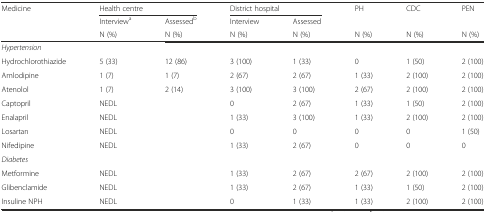
| Medicine | <COLSPAN=2> Health centre | <COLSPAN=2> District hospital | PH | CDC | PEN |
 |  | Interviewa | Assessedb | Interview | Assessed |  |  |  |
 |  | N (%) | N (%) | N (%) | N (%) | N (%) | N (%) | N (%) |
 | --- | --- | --- | --- | --- | --- | --- | --- |
 | <COLSPAN=8> Hypertension |
 | Hydrochlorothiazide | 5 (33) | 12 (86) | 3 (100) | 1 (33) | 0 | 1 (50) | 2 (100) |
 | Amlodipine | 1 (7) | 1 (7) | 2 (67) | 2 (67) | 1 (33) | 2 (100) | 2 (100) |
 | Atenolol | 1 (7) | 2 (14) | 3 (100) | 3 (100) | 2 (67) | 2 (100) | 2 (100) |
 | Captopril | <COLSPAN=2> NEDL | 0 | 2 (67) | 1 (33) | 1 (50) | 2 (100) |
 | Enalapril | <COLSPAN=2> NEDL | 1 (33) | 3 (100) | 1 (33) | 2 (100) | 2 (100) |
 | Losartan | <COLSPAN=2> NEDL | 0 | 0 | 0 | 0 | 1 (50) |
 | Nifedipine | <COLSPAN=2> NEDL | 1 (33) | 2 (67) | 0 | 0 | 0 |
 | <COLSPAN=8> Diabetes |
 | Metformine | <COLSPAN=2> NEDL | 1 (33) | 2 (67) | 2 (67) | 2 (100) | 2 (100) |
 | Glibenclamide | <COLSPAN=2> NEDL | 1 (33) | 2 (67) | 1 (33) | 1 (50) | 2 (100) |
 | Insuline NPH | <COLSPAN=2> NEDL | 0 | 1 (33) | 1 (33) | 2 (100) | 2 (100) |